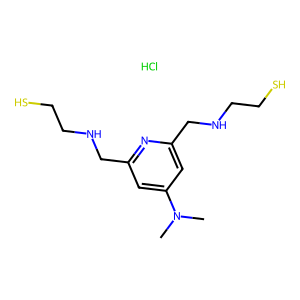
SMILES: CN(C)c1cc(CNCCS)nc(CNCCS)c1.Cl
Inhibits HIV replication: No